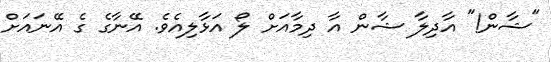
"ޝާން!" އާދިލާ ޝާން އާ ދިމާއަށް ލޯ އަޅާލިއެވެ. އޭނާގެ ގެ އޭނައަށް